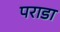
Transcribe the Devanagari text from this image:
पराडा